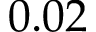
0 . 0 2